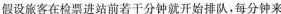
假设旅客在检票进站前若干分钟就开始排队，每分钟来